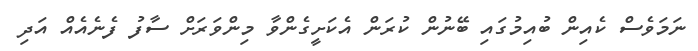
ނަމަވެސް ކެއިން ބުއިމުގައި ބޭނުން ކުރަން އެކަށީގެންވާ މިންވަރަށް ސާފު ފެނެއެއް އަދި